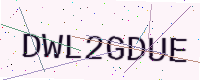
Text: DWL2GDUE